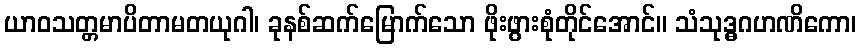
ယာဝသတ္တမာပိတာမတယုဂါ၊ ခုနစ်ဆက်မြောက်သော ဖိုးဖွားစုံတိုင်အောင်။ သံသုဒ္ဓဂဟဏိကော၊